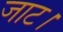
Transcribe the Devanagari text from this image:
जाट।